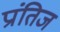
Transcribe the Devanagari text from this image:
प्रांतिज